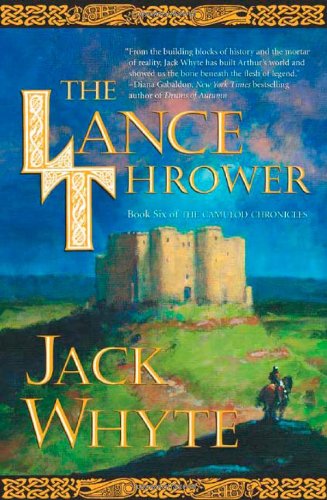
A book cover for The Lance Thrower (The Camulod Chronicles, Book 8); Jack Whyte; Science Fiction & Fantasy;